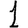
Digit: 1